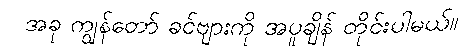
အခု ကျွန်တော် ခင်ဗျားကို အပူချိန် တိုင်းပါမယ်။